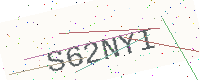
Text: S62NYI